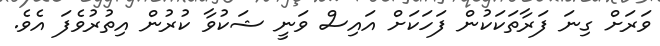
ވަރަށް ގިނަ ފަރާތަކަކުން ފަހަކަށް އައިސް ވަނީ ޝަކުވާ ކުރުން އިތުރުވެފަ އެވެ.